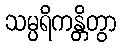
သမ္ပရိကန္တိတွာ